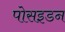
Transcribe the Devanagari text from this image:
पोसइडन